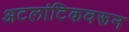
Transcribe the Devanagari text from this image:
अटलांटिकवरून